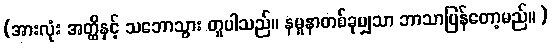
(အားလုံး အတ္ထိနှင့် သဘောသွား တူပါသည်။ နမူနာတစ်ခုမျှသာ ဘာသာပြန်တော့မည်။ )